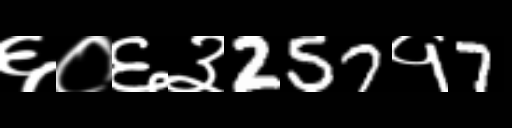
Text: ६०६३257१7